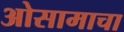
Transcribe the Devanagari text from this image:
ओसामाचा